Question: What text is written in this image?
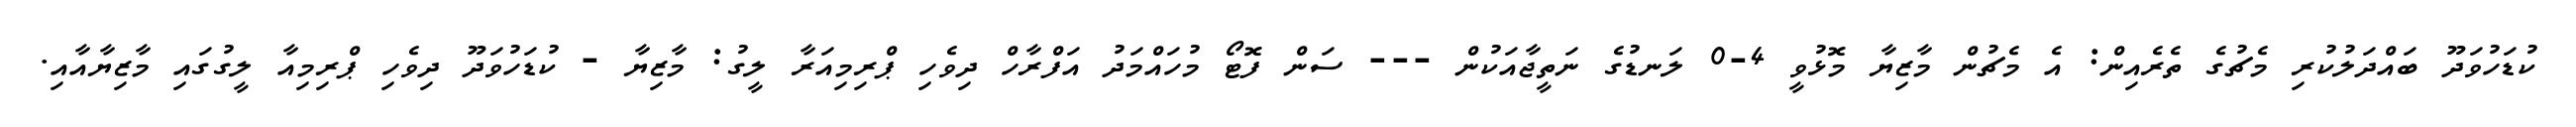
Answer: ކުޑަހުވަދޫ ބައްދަލުކުރި މެޗުގެ ތެރެއިން: އެ މެޗުން މާޒިޔާ މޮޅުވީ 4-0 ލަނޑުގެ ނަތީޖާއަކުން --- ސަން ފޮޓޯ މުހައްމަދު އަފްރާހް ދިވެހި ޕްރިމިއަރާ ލީގު: މާޒިޔާ - ކުޑަހުވަދޫ ދިވެހި ޕްރިމިއާ ލީގުގައި މާޒިޔާއާއި.